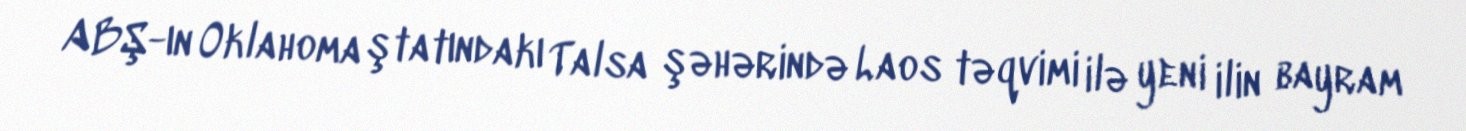
ABŞ-ın Oklahoma ştatındakı Talsa şəhərində Laos təqvimi ilə yeni ilin bayram